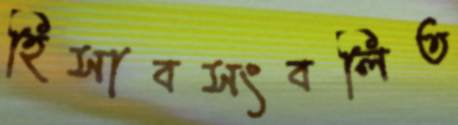
হিসাবসংবলিত